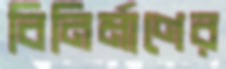
বিনির্মাণের